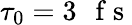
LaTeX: \tau_{0}=3\mathrm{~\, ~f~s~}